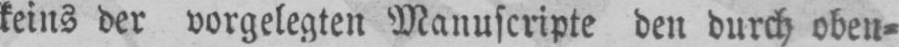
keins der vorgelegten Manuscripte den durch oben⸗